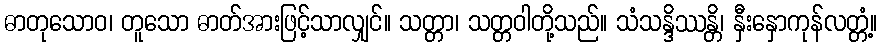
ဓာတုသောဝ၊ တူသော ဓာတ်အားဖြင့်သာလျှင်။ သတ္တာ၊ သတ္တဝါတို့သည်။ သံသန္ဒိဿန္တိ၊ နှီးနှောကုန်လတ္တံ့။